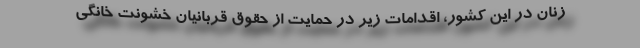
زنان در این کشور، اقدامات زیر در حمایت از حقوق قربانیان خشونت خانگی